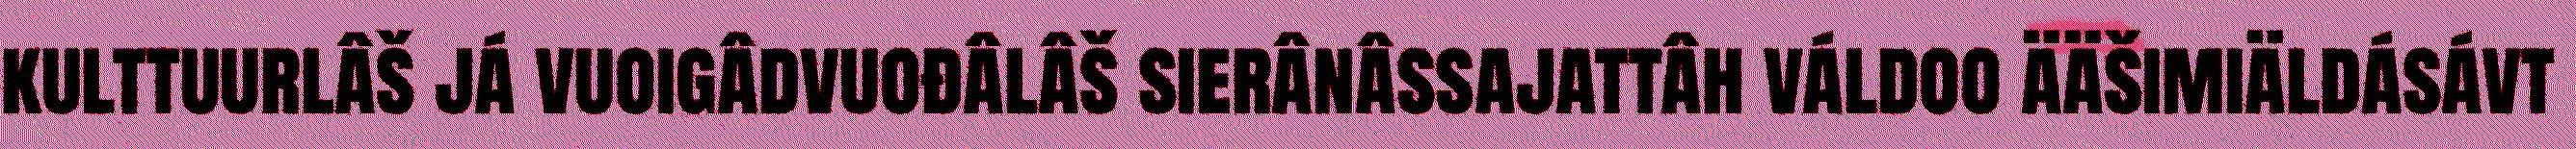
kulttuurlâš já vuoigâdvuođâlâš sierânâssajattâh váldoo ääšimiäldásávt